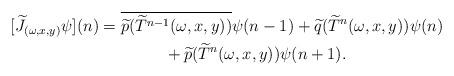
LaTeX: \begin{align*}[\widetilde J_{(\omega,x,y)} \psi](n)& = \overline{\widetilde p( \widetilde T^{n-1}(\omega,x,y))}\psi(n-1) + \widetilde q(\widetilde T^n(\omega,x,y))\psi(n) \\ & \qquad\qquad + \widetilde p(\widetilde T^n(\omega,x,y))\psi(n+1).\end{align*}